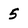
Character: 5